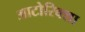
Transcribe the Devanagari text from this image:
आटोरिक्शा